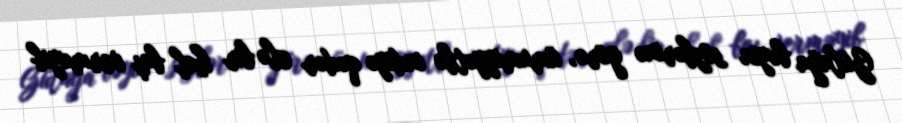
Gülağa bəyin sözlərinə görə, ümumiyyətlə indiyə qədər elə bir hal baş verməyib